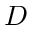
D